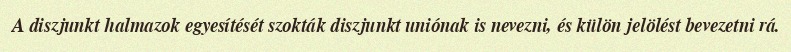
A diszjunkt halmazok egyesítését szokták diszjunkt uniónak is nevezni, és külön jelölést bevezetni rá.